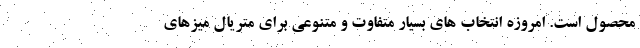
محصول است. امروزه انتخاب های بسیار متفاوت و متنوعی برای متریال میزهای